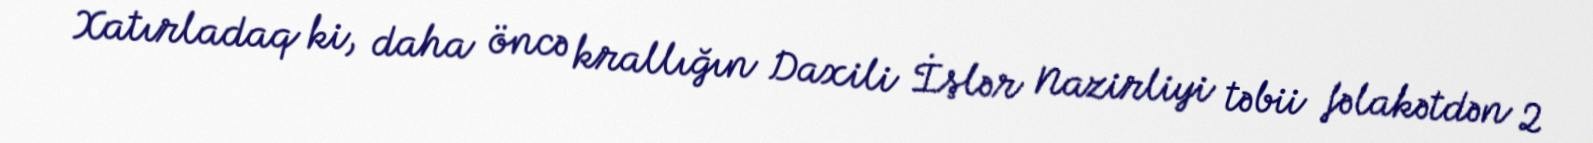
Xatırladaq ki, daha öncə krallığın Daxili İşlər Nazirliyi təbii fəlakətdən 2